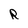
Character: R